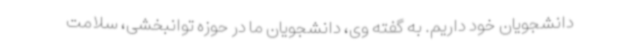
دانشجویان خود داریم. به گفته وی، دانشجویان ما در حوزه توانبخشی، سلامت